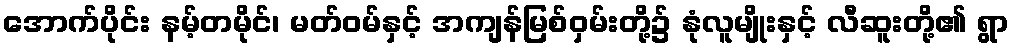
အောက်ပိုင်း နမ့်တမိုင်၊ မတ်ဝမ်နှင့် အကျန်မြစ်ဝှမ်းတို့၌ နုံလူမျိုးနှင့် လီဆူးတို့၏ ရွာ